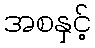
အစနှင့်